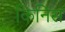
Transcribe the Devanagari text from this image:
किनिस